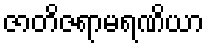
ဇာတိဇရာမရဏိယာ